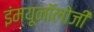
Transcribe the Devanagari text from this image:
इंम्यूनॉलोजी